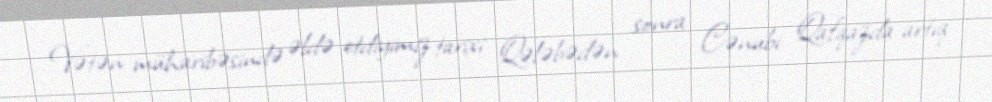
Vətən müharibəsində əldə etdiyimiz tarixi Qələbədən sonra Cənubi Qafqazda artıq